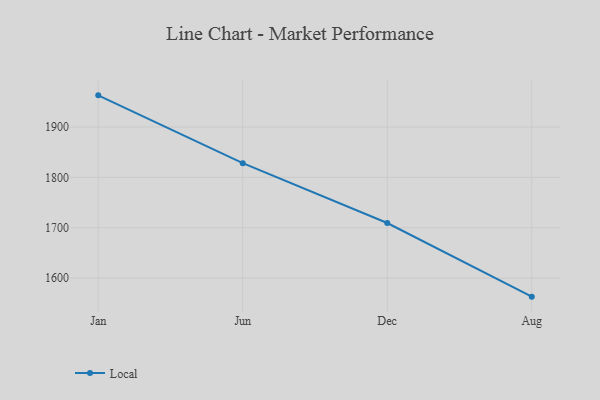
{"axis": {"x": "Month", "y": "Latency (ms)"}, "legend": ["Local"], "data": [{"x": "Jan", "y": 1962.9, "type": "Local"}, {"x": "Jun", "y": 1828.3, "type": "Local"}, {"x": "Dec", "y": 1709.4, "type": "Local"}, {"x": "Aug", "y": 1563.2, "type": "Local"}]}